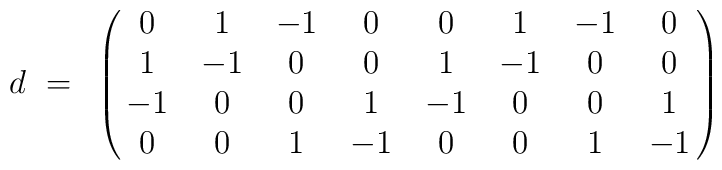
d~=~\pmatrix{0&1&-1&0&0&1&-1&0\cr1&-1&0&0&1&-1&0&0\cr-1&0&0&1&-1&0&0&1\cr0&0&1&-1&0&0&1&-1\cr}